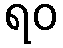
ရဝ